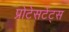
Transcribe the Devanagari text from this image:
प्रोटेसटेंट्स